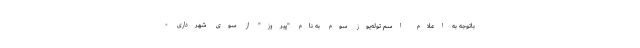
باتوجه به اعلام اسم توله‌یوز سوم به نام "پیروز" از سوی شهرداری -